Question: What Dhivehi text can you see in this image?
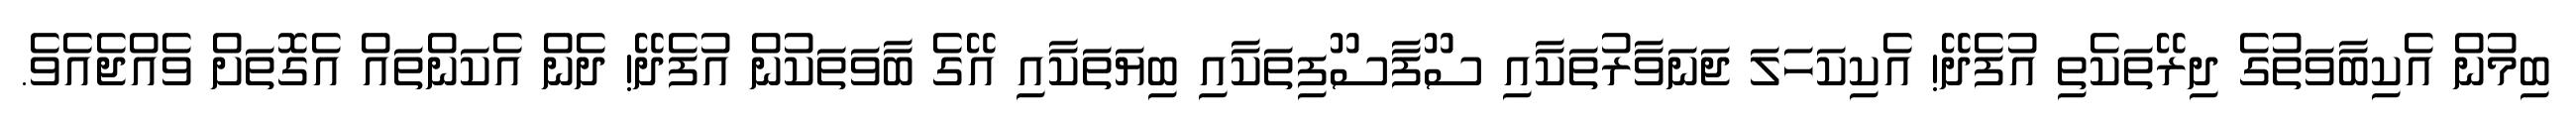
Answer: ބިމުން އެކިބާވަތުގެ ދިރޭތަކެތި އުފެދޭ! އެކިކަހަލަ ޖަނަވާރުތަކާއި ސޫފާސޫފިތަކާއި ބިޔަތަކާއި އޭގެ ބާވަތަކުން އުފެދޭ! ދެން އެކަންތައް އެގޮތަށް ވެއްޖެއެވެ.